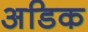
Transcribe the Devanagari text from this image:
अडिक